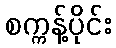
စက္ကန့်ပိုင်း